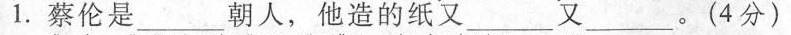
1.蔡伦是___朝人，他造的纸又___又___。(4分)